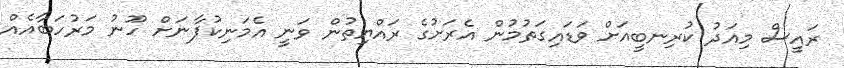
ރައީސް މިއަދު ކުރިނބީއަށް ވަޑައިގަތުމުން އެރަށުގެ ރައްޔިތުން ވަނީ އެމަނިކުފާނަށް ހޫނު މަރުހަބާއެއް